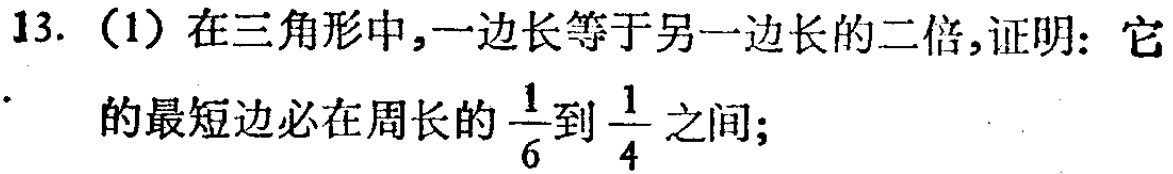
13.（1）在三角形中，一边长等于另一边长的二倍，证明：它的最短边必在周长的$\frac{1}{6}$到$\frac{1}{4}$之间；